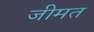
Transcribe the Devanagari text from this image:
जीमत